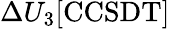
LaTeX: \Delta U_{3}[\mathrm{CCSDT}]